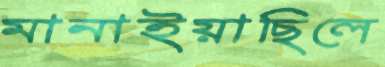
মানাইয়াছিলে